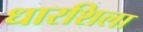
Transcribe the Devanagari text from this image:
धारशिला